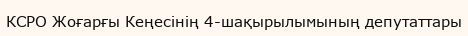
КСРО Жоғарғы Кеңесінің 4-шақырылымының депутаттары